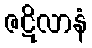
ဇဋိလာနံ